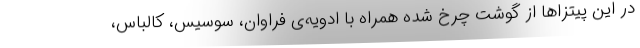
در این پیتزاها از گوشت چرخ شده همراه با ادویه‌ی فراوان، سوسیس، کالباس،